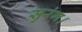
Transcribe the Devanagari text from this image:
सुरंग।